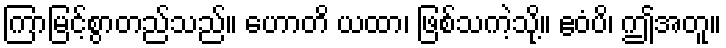
ကြာမြင့်စွာတည်သည်။ ဟောတိ ယထာ၊ ဖြစ်သကဲ့သို့။ ဧဝံပိ၊ ဤအတူ။